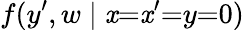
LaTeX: f(y^{\prime},w\mid\mathit{x}{=}\mathit{x}^{\prime}{=}y{=}0)